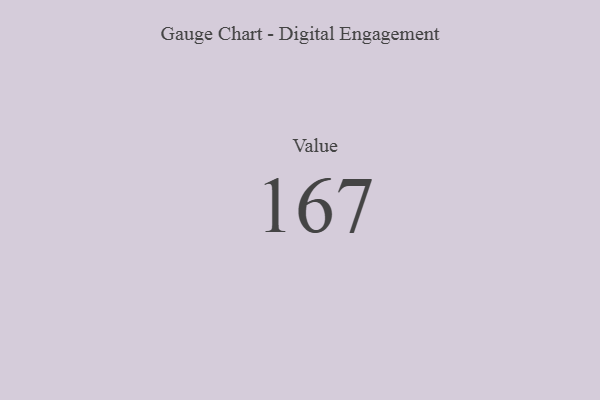
{"axis": {"x": "Metric", "y": "Value"}, "legend": [""], "data": [{"x": "Value", "y": 167, "type": ""}]}